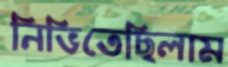
নিভিতেছিলাম